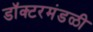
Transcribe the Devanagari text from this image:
डॉक्टरमंडळी